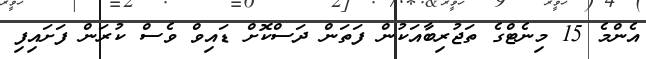
އެންމެ 15 މިނެޓްގެ ތަޖުރިބާއަކުން ފަތަން ދަސްކޮށް ޑައިވް ވެސް ކުރަން ފަށައިފި